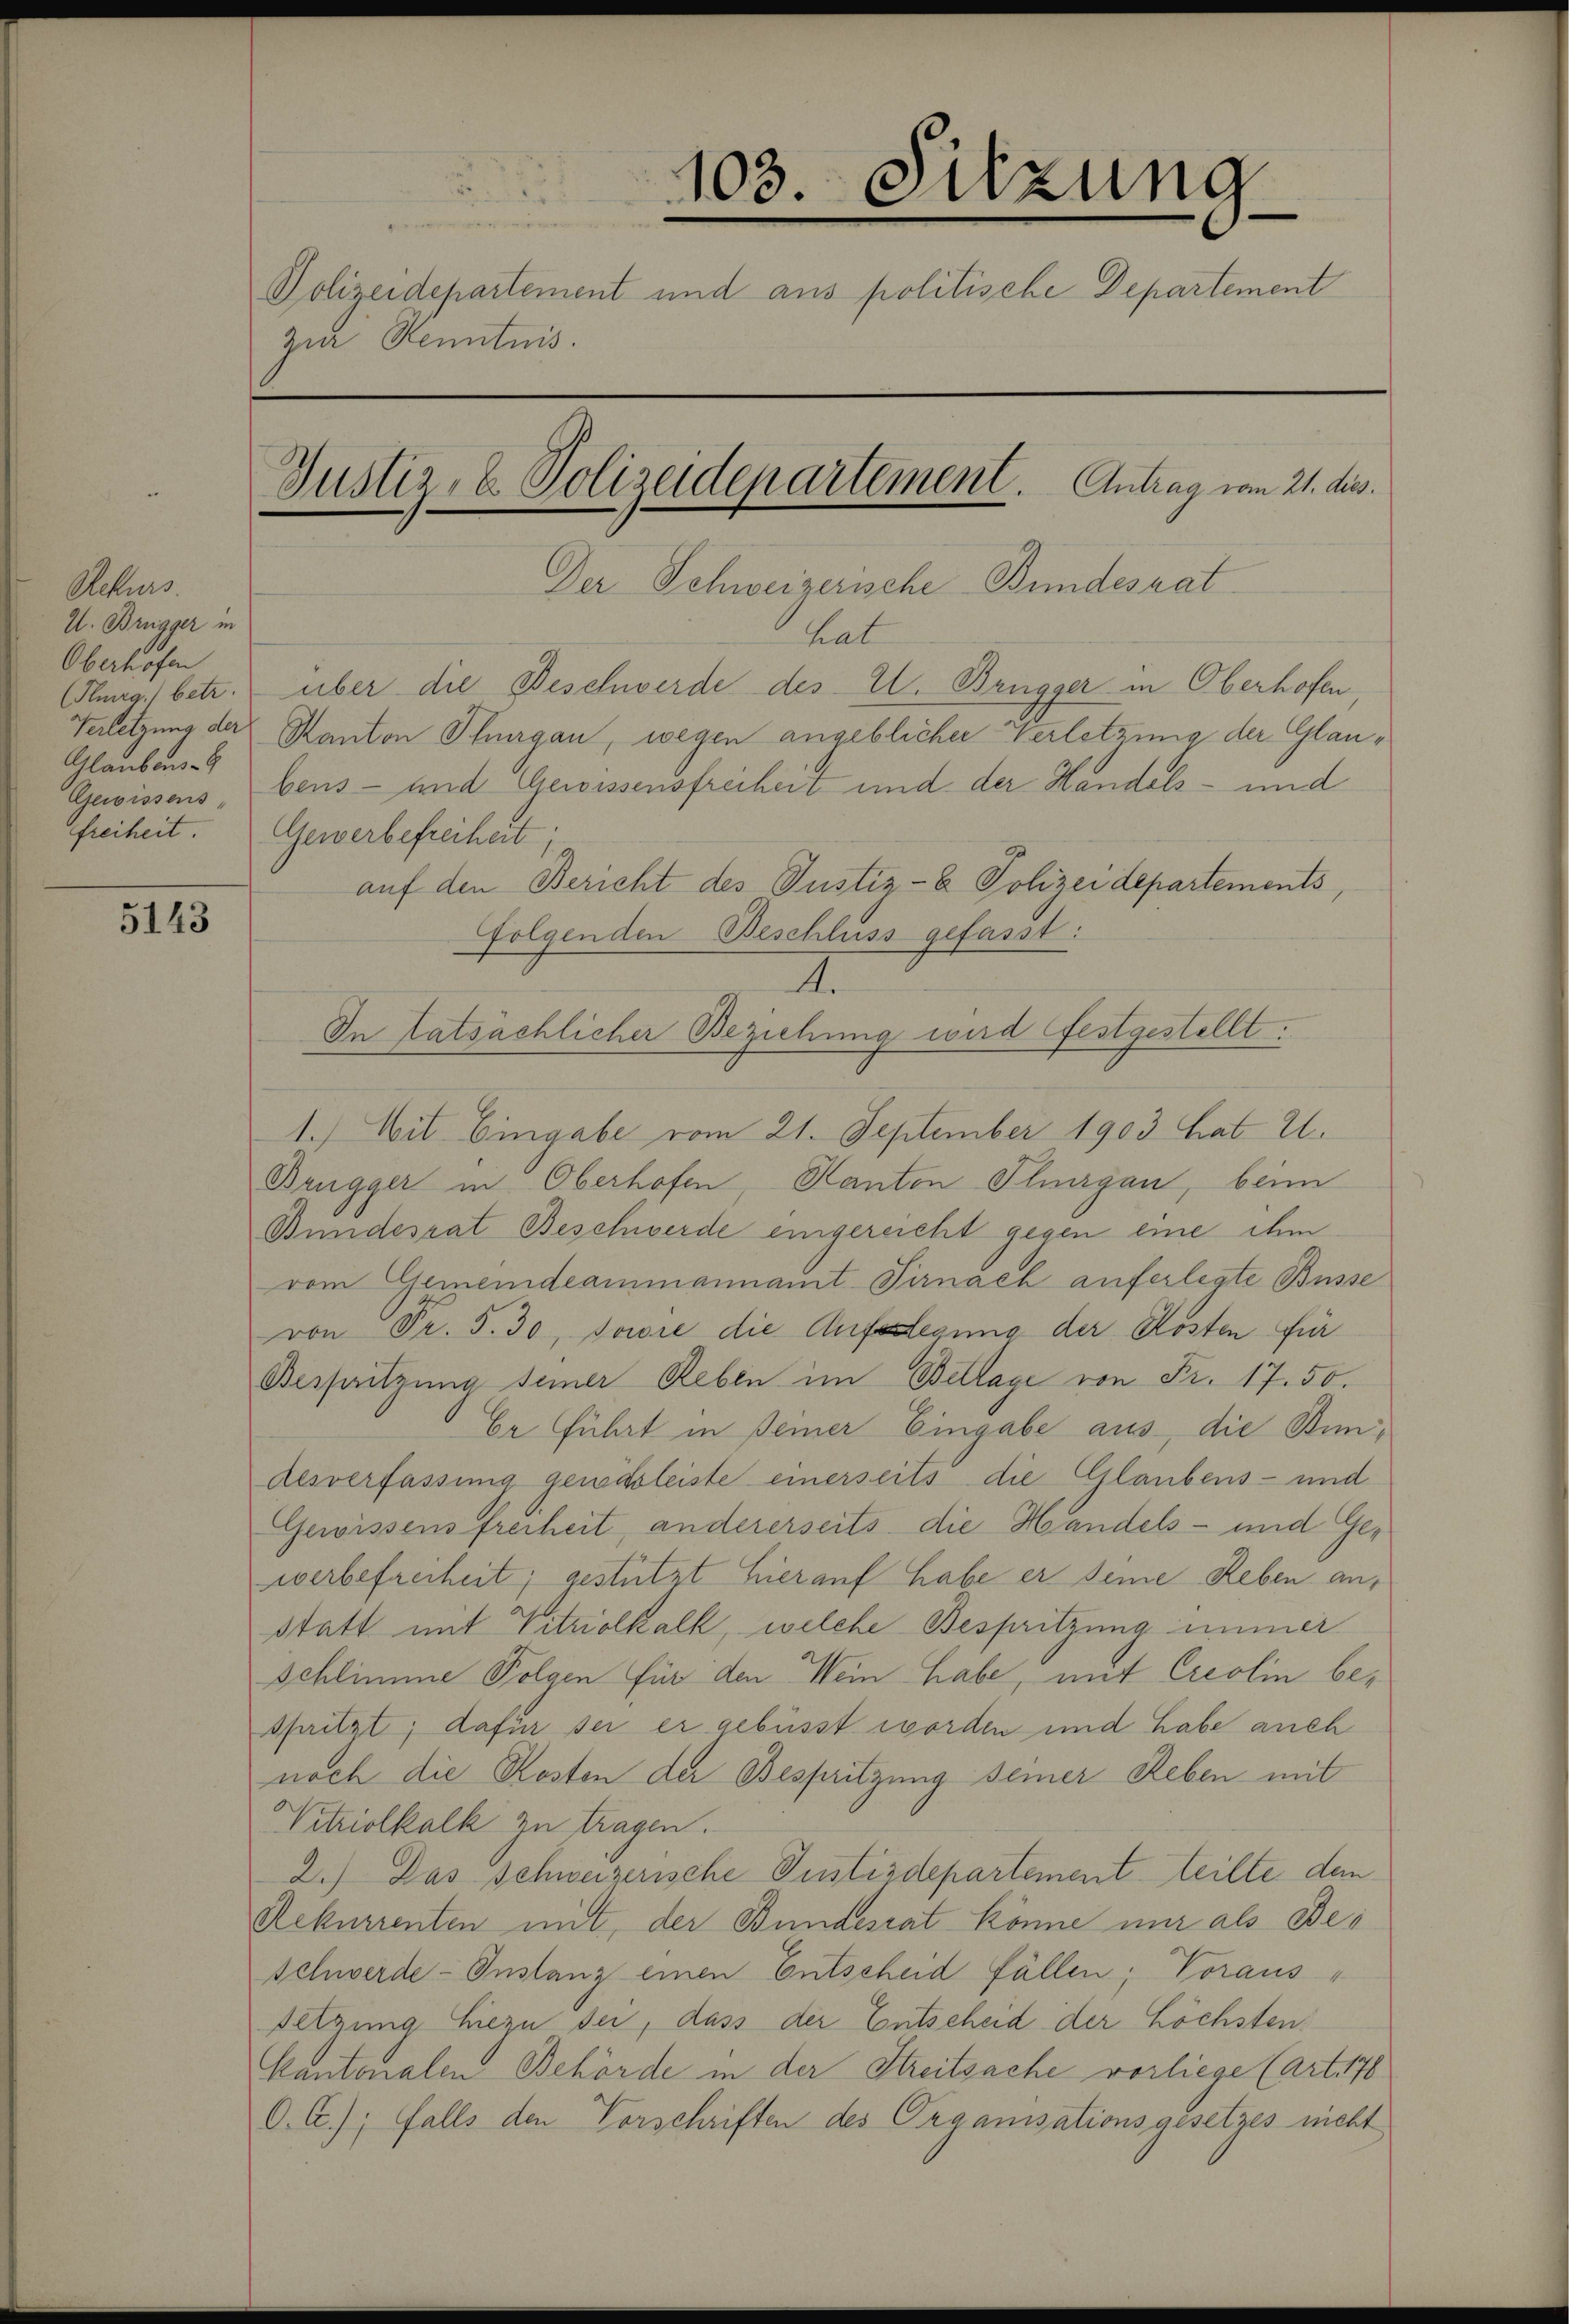
Rekurs.
U. Brügger in
Oberhofen
(Flurg. betr.
Verletzung der
Glaubens-
freiheit.

5143

zur Kenntnis.

103. Sitzung
Polizeidepartement und aus politische Departement
Justiz- & Polizeidepartement. Antrag vom 21. dies

Der Schweizerische Bundesrat
hat
über die Beschwerde des E. Bangger in Oberhofen
Kanton Thurgau, wegen angeblicher Verletzung der Glau¬
Gewissens, bens- und Gewissensfreiheit und der Handels- und
Gewerbefreiheit
auf den Bericht des Justiz- & Polizei departements,
folgenden Beschluss gefasst:
I
In tatsächlicher Beziehung wird festgestellt.
1.) Mit Eingabe vom 21. September 1903 hat 21.
Brugger in Oberhofen, Kanton Thurgau, beim
Bundesrat Beschwerde eingereicht gegen eine ihm
vom Gemeindeammannamt Sirnach auferlegte Busse
von Pr. S. 30, sowie die Aufslegung der Kosten für
Bersitzung seiner Reben im Bettage von Fr. 17. 50.
Ee Führt in Deiner Eingabe aus die Bindesverfassung genössleiste einerseits die Glaubens- und
Gewissens freiheit, andererseits die Handels- und Gewerbefreiheit; gestützt hierauf habe er seine Reben an,
statt mit Vitriolkalk, welche Bespritzung immer
Schlimme Folgen für den Wein habe, mit Creolin bespritzt; dafür sei er gebüsst worden und habe auch
noch die Kosten der Bespritzung seiner Reben mit
Nitriolkalk zu tragen.
2.) Das schweizerische Justizdepartement teilte den
Rekurrenten mit der Bundesrat könne nur als Bes
Schwerde-Instanz einen Entscheid fällen; Voraus
Setzung hiezu der, dass der Entscheid der höchsten
kantonalen Behörde in der Streitsache vorliege (Art. 178
O. C.); falls den Vorschriften des Organisationsgesetzes nicht